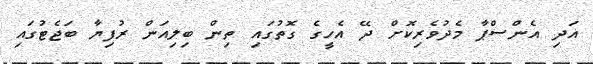
އަދި އެންސްޕާ މެދުވެރިކޮށް ދޭ އެހީގެ ގޮތުގައި ތިން ބިލިއަން ރުފިޔާ ބަޖެޓުގައި